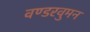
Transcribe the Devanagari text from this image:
वण्डरवुमन